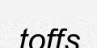
toffs